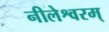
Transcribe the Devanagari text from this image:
नीलेश्वरम्